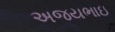
અજયભાઇ